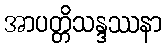
အာပတ္တိသန္ဒဿနာ